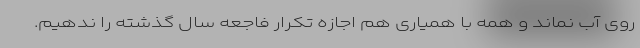
روی آب نماند و همه با همیاری هم اجازه تکرار فاجعه سال گذشته را ندهیم.